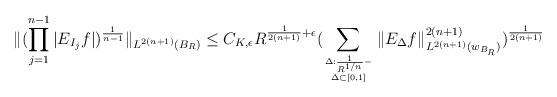
LaTeX: \begin{align*}\|(\prod_{j=1}^{n-1}|E_{I_j}f|)^{\frac1{n-1}}\|_{L^{2(n+1)}(B_R)}\le C_{K,\epsilon}R^{\frac{1}{2(n+1)}+\epsilon}(\sum_{\Delta:\frac1{R^{1/n}}-\atop{\Delta\subset [0,1]}}\|E_{\Delta}f\|_{L^{2(n+1)}(w_{B_R})}^{2(n+1)})^{\frac{1}{2(n+1)}}\end{align*}